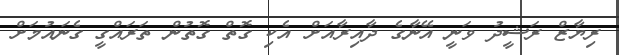
ރިޔާޒް ރަޝީދު ވަނީ އޭނާގެ ދާއިރާއަށް އެކި ގޮތް ގޮތުން ތަރައްގީ ގެނައުމަށް